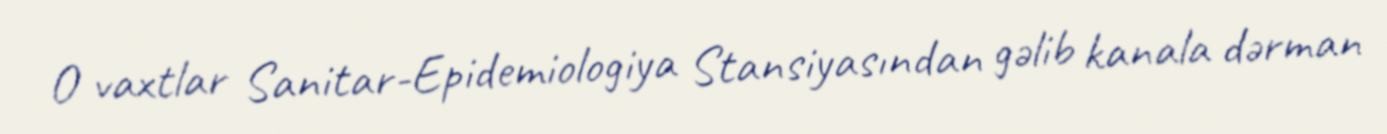
O vaxtlar Sanitar-Epidemiologiya Stansiyasından gəlib kanala dərman